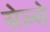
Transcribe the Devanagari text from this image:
सेल्से